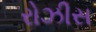
રોઝીસ